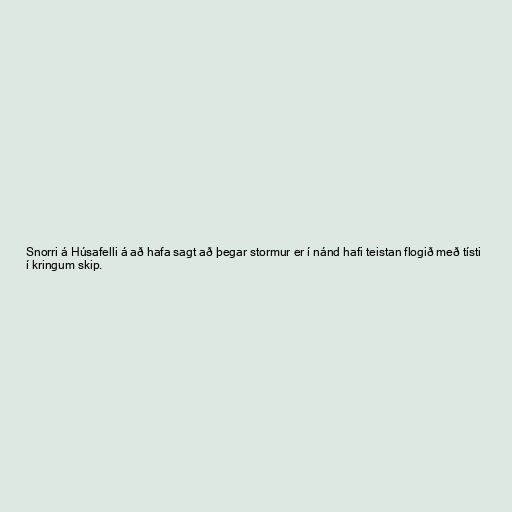
Snorri á Húsafelli á að hafa sagt að þegar stormur er í nánd hafi teistan flogið með tísti
í kringum skip.